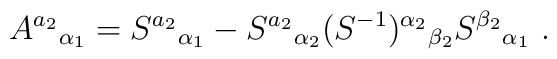
A^{a_2}{}_{\alpha_1}=S^{a_2}{}_{\alpha_1}-S^{a_2}{}_{\alpha_2}(S^{-1})^{\alpha_2}{}_{\beta_2}S^{\beta_2}{}_{\alpha_1}\ .